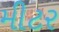
મીટર